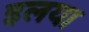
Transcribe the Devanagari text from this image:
इलया